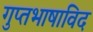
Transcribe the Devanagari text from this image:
गुप्तभाषाविद